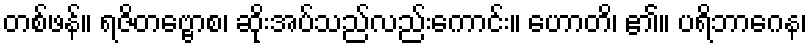
တစ်ဖန်။ ရဇိတဗ္ဗောစ၊ ဆိုးအပ်သည်လည်းကောင်း။ ဟောတိ၊ ၏။ ပရိဘာဂေန၊